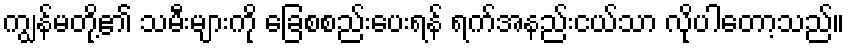
ကျွန်မတို့၏ သမီးများကို ခြေစစည်းပေးရန် ရက်အနည်းငယ်သာ လိုပါတော့သည်။